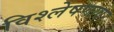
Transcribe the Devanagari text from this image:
विश्लेषणावर